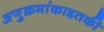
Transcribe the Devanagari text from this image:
अणुक्रमांकाइतकी